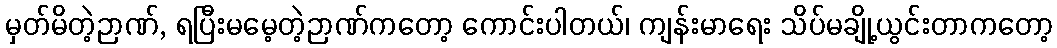
မှတ်မိတဲ့ဉာဏ်, ရပြီးမမေ့တဲ့ဉာဏ်ကတော့ ကောင်းပါတယ်၊ ကျန်းမာရေး သိပ်မချို့ယွင်းတာကတော့